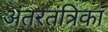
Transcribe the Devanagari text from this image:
अंतरतंत्रिका